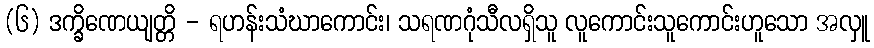
(၆) ဒက္ခိဏေယျတ္တိ - ရဟန်းသံဃာကောင်း၊ သရဏဂုံသီလရှိသူ လူကောင်းသူကောင်းဟူသော အလှူ